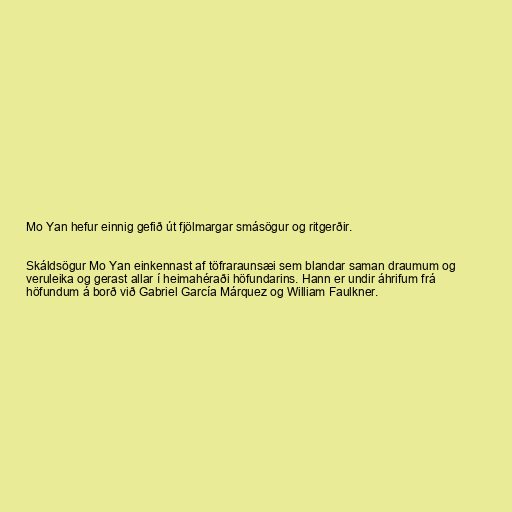
Mo Yan hefur einnig gefið út fjölmargar smásögur og ritgerðir.

Skáldsögur Mo Yan einkennast af töfraraunsæi sem blandar saman draumum og
veruleika og gerast allar í heimahéraði höfundarins. Hann er undir áhrifum frá
höfundum á borð við Gabriel García Márquez og William Faulkner.